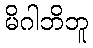
မိဂါဘိဘူ